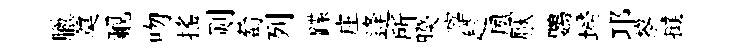
臘奠覼吻揺则萄列蹀庄逄所暌滓趁夙厭鸚埽邛黎撻